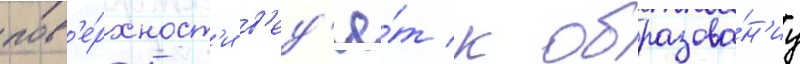
пов'е́рхност'и в'ед'ё́т к образова́н'иу